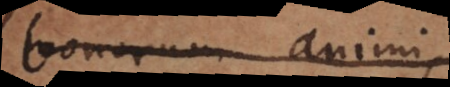
bonorum animi,